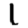
Digit: 1